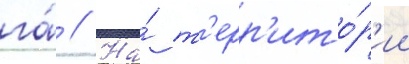
га́ // На́ т'ерр'ито́р'ии